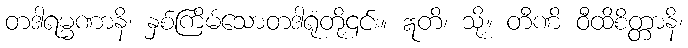
တဒါရမ္မဏာနိ၊ နှစ်ကြိမ်သောတဒါရုံတို့၎င်း။ ဣတိ၊ သို့။ တီဏိ ဝီထိစိတ္တာနိ၊